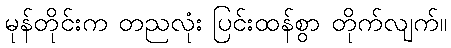
မုန်တိုင်းက တညလုံး ပြင်းထန်စွာ တိုက်လျက်။